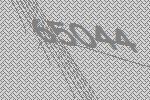
65044